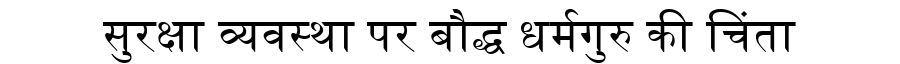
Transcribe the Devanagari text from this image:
सुरक्षा व्यवस्था पर बौद्ध धर्मगुरु की चिंता